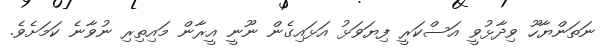
ނަތަންޔާހޫ ވިދާޅުވީ އަސްކަރީ ފިޔަވަޅު އަޅައިގެން ނޫނީ އީރާން މައިތިރި ނުވާނެ ކަމަށެވެ.